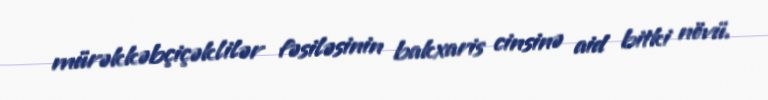
mürəkkəbçiçəklilər fəsiləsinin bakxaris cinsinə aid bitki növü.